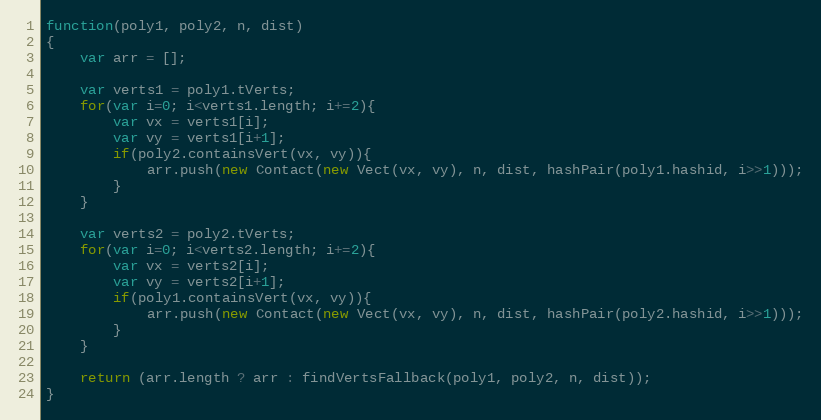
Language: JavaScript
function(poly1, poly2, n, dist)
{
    var arr = [];

    var verts1 = poly1.tVerts;
    for(var i=0; i<verts1.length; i+=2){
        var vx = verts1[i];
        var vy = verts1[i+1];
        if(poly2.containsVert(vx, vy)){
            arr.push(new Contact(new Vect(vx, vy), n, dist, hashPair(poly1.hashid, i>>1)));
        }
    }

    var verts2 = poly2.tVerts;
    for(var i=0; i<verts2.length; i+=2){
        var vx = verts2[i];
        var vy = verts2[i+1];
        if(poly1.containsVert(vx, vy)){
            arr.push(new Contact(new Vect(vx, vy), n, dist, hashPair(poly2.hashid, i>>1)));
        }
    }

    return (arr.length ? arr : findVertsFallback(poly1, poly2, n, dist));
}